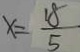
x = \frac { 1 8 } { 5 }